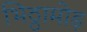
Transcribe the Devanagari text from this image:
भिठ्ठामोड़